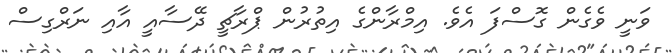
ވަނީ ވެގެން ގޮސްފަ އެވެ. އިމްރާންގެ އިތުރުން ޕްރާޗީ ދޭސާއީ އާއި ނަރްގިސް